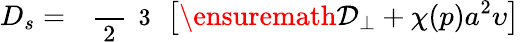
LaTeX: D_{s}=\mathrm{~\small~\displaystyle~\frac~{~2~}~{~3~}~}\left[\ensuremath{\mathcal{D}_{\perp}}+\chi(p)a^{2}\upsilon\right]